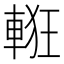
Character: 𨌃